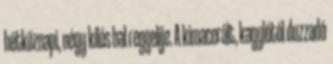
hétköznapi, négy kilós hal reggelije. A kimacerált, kagylótól duzzadó